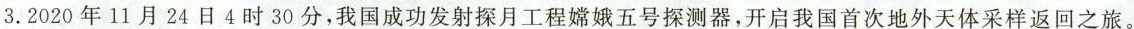
3.2020年11月24日4时30分，我国成功发射探月工程嫦娥五号探测器，开启我国首次地外天体采样返回之旅。